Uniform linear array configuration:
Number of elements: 8
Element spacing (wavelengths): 1
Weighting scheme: blackman
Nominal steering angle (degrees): -60
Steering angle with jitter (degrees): -60.755
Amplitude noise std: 0.05
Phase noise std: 0.05

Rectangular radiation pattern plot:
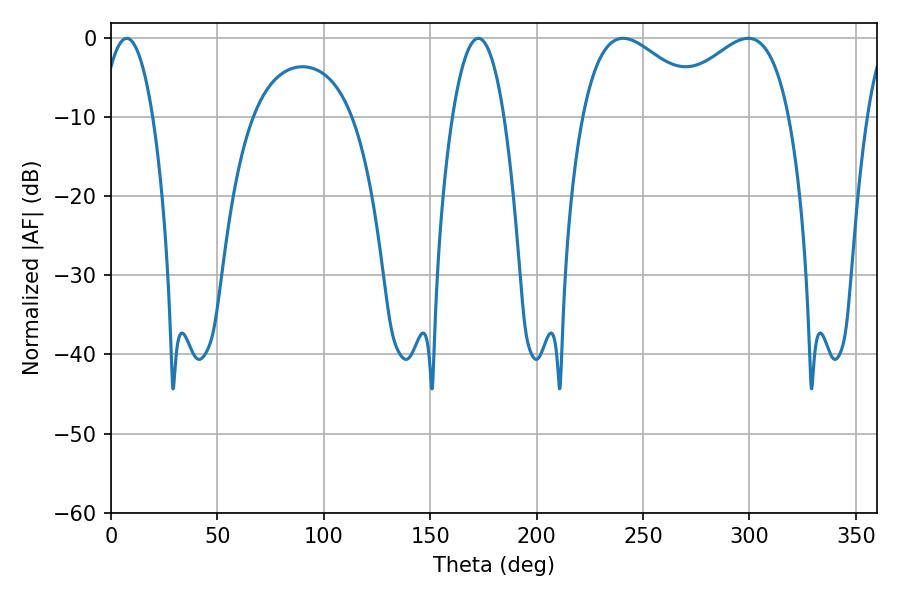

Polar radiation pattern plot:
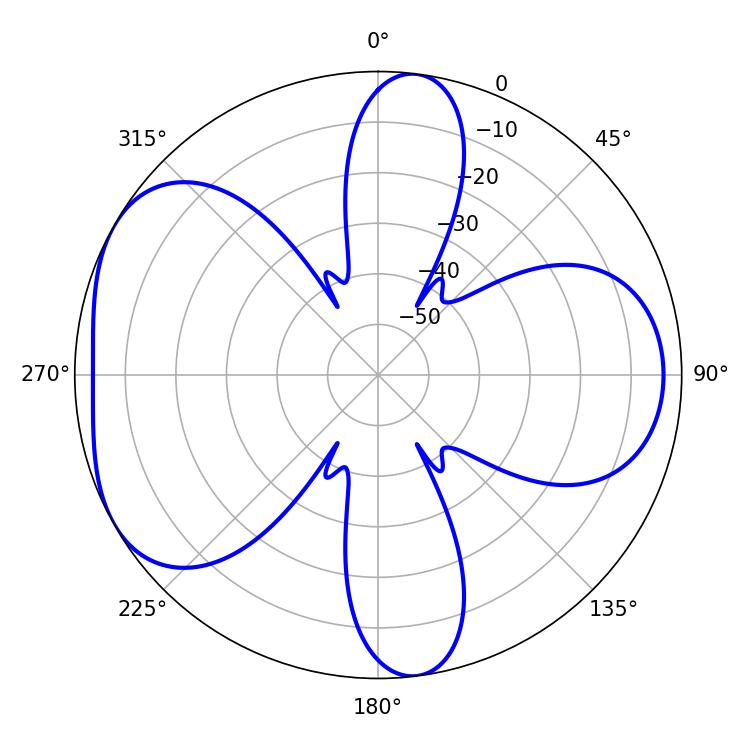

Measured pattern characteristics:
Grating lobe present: TRUE
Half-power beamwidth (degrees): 13.5
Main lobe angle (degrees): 7.38